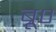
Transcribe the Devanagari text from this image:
ब्रू०